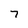
Character: 7